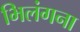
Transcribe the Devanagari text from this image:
भिलंगना